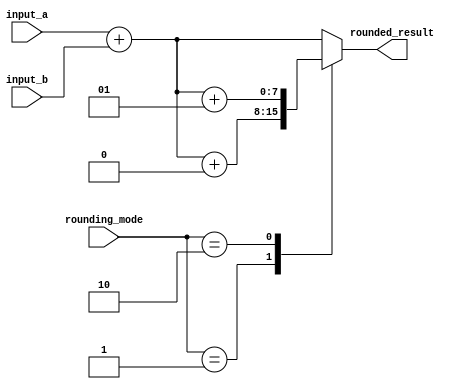
module fixed_point_rounding_unit (
    input  signed [7:0] input_a,
    input  signed [7:0] input_b,
    input  wire  [1:0] rounding_mode,
    output reg   signed [7:0] rounded_result
);

reg signed [8:0] intermediate_result;

always @* begin
    intermediate_result = input_a + input_b;

    case (rounding_mode)
        2'd0: rounded_result = intermediate_result; // No rounding
        2'd1: rounded_result = $signed(intermediate_result + 0); // Round down
        2'd2: rounded_result = $signed(intermediate_result + 1); // Round up
        default: rounded_result = intermediate_result; // No rounding
    endcase
end

endmodule